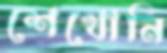
শেখোনি